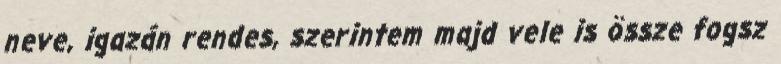
neve, igazán rendes, szerintem majd vele is össze fogsz